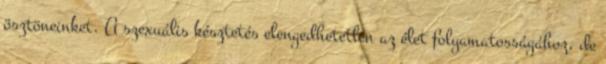
ösztöneinket. A szexuális késztetés elengedhetetlen az élet folyamatosságához, de